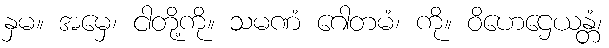
နှမ။ အမှေ၊ ငါတို့ကို။ သမဏံ ဂေါတမံ၊ ကို။ ဝိဟေဌေယန္တံ၊